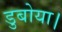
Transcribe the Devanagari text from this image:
डुबोया।